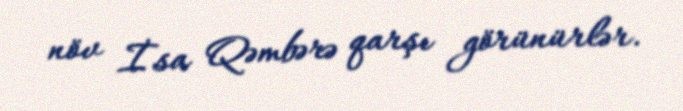
növ İsa Qəmbərə qarşı görünürlər.